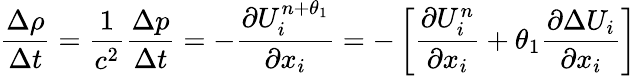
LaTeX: \frac{\Delta\rho}{\Delta t}=\frac{1}{{{c}^{2}}}\frac{\Delta p}{\Delta t}=-\frac{\partial U_{i}^{n+\theta_{1}}}{\partial{{x}_{i}}}=-\left[\frac{\partial U_{i}^{n}}{\partial{{x}_{i}}}+\theta_{1}\frac{\partial\Delta{{U}_{i}}}{\partial{{x}_{i}}}\right]